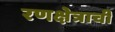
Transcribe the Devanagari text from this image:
रणक्षेत्राची